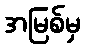
အမြစ်မှ